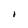
Character: l